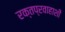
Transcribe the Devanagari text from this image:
रक्तप्रवाहाशी